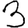
Digit: 3